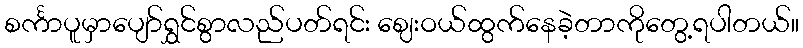
စင်္ကာပူမှာပျော်ရွှင်စွာလည်ပတ်ရင်း ဈေးဝယ်ထွက်နေခဲ့တာကိုတွေ့ရပါတယ်။